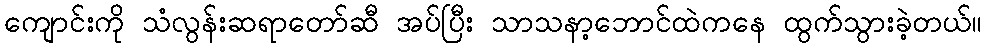
ကျောင်းကို သံလွန်းဆရာတော်ဆီ အပ်ပြီး သာသနာ့ဘောင်ထဲကနေ ထွက်သွားခဲ့တယ်။